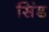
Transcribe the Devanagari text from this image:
सिंड